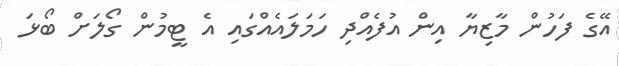
އޭގެ ފަހުން މާޒިޔާ އިން އުފެއްދި ހަމަލައެއްގައި އެ ޓީމުން ގޯލަށް ބޯޅަ